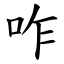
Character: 咋